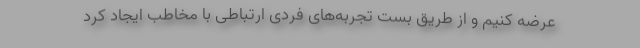
عرضه کنیم و از طریق بست تجربه‌های فردی ارتباطی با مخاطب ایجاد کرد